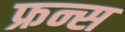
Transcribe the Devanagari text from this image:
फ्रन्स